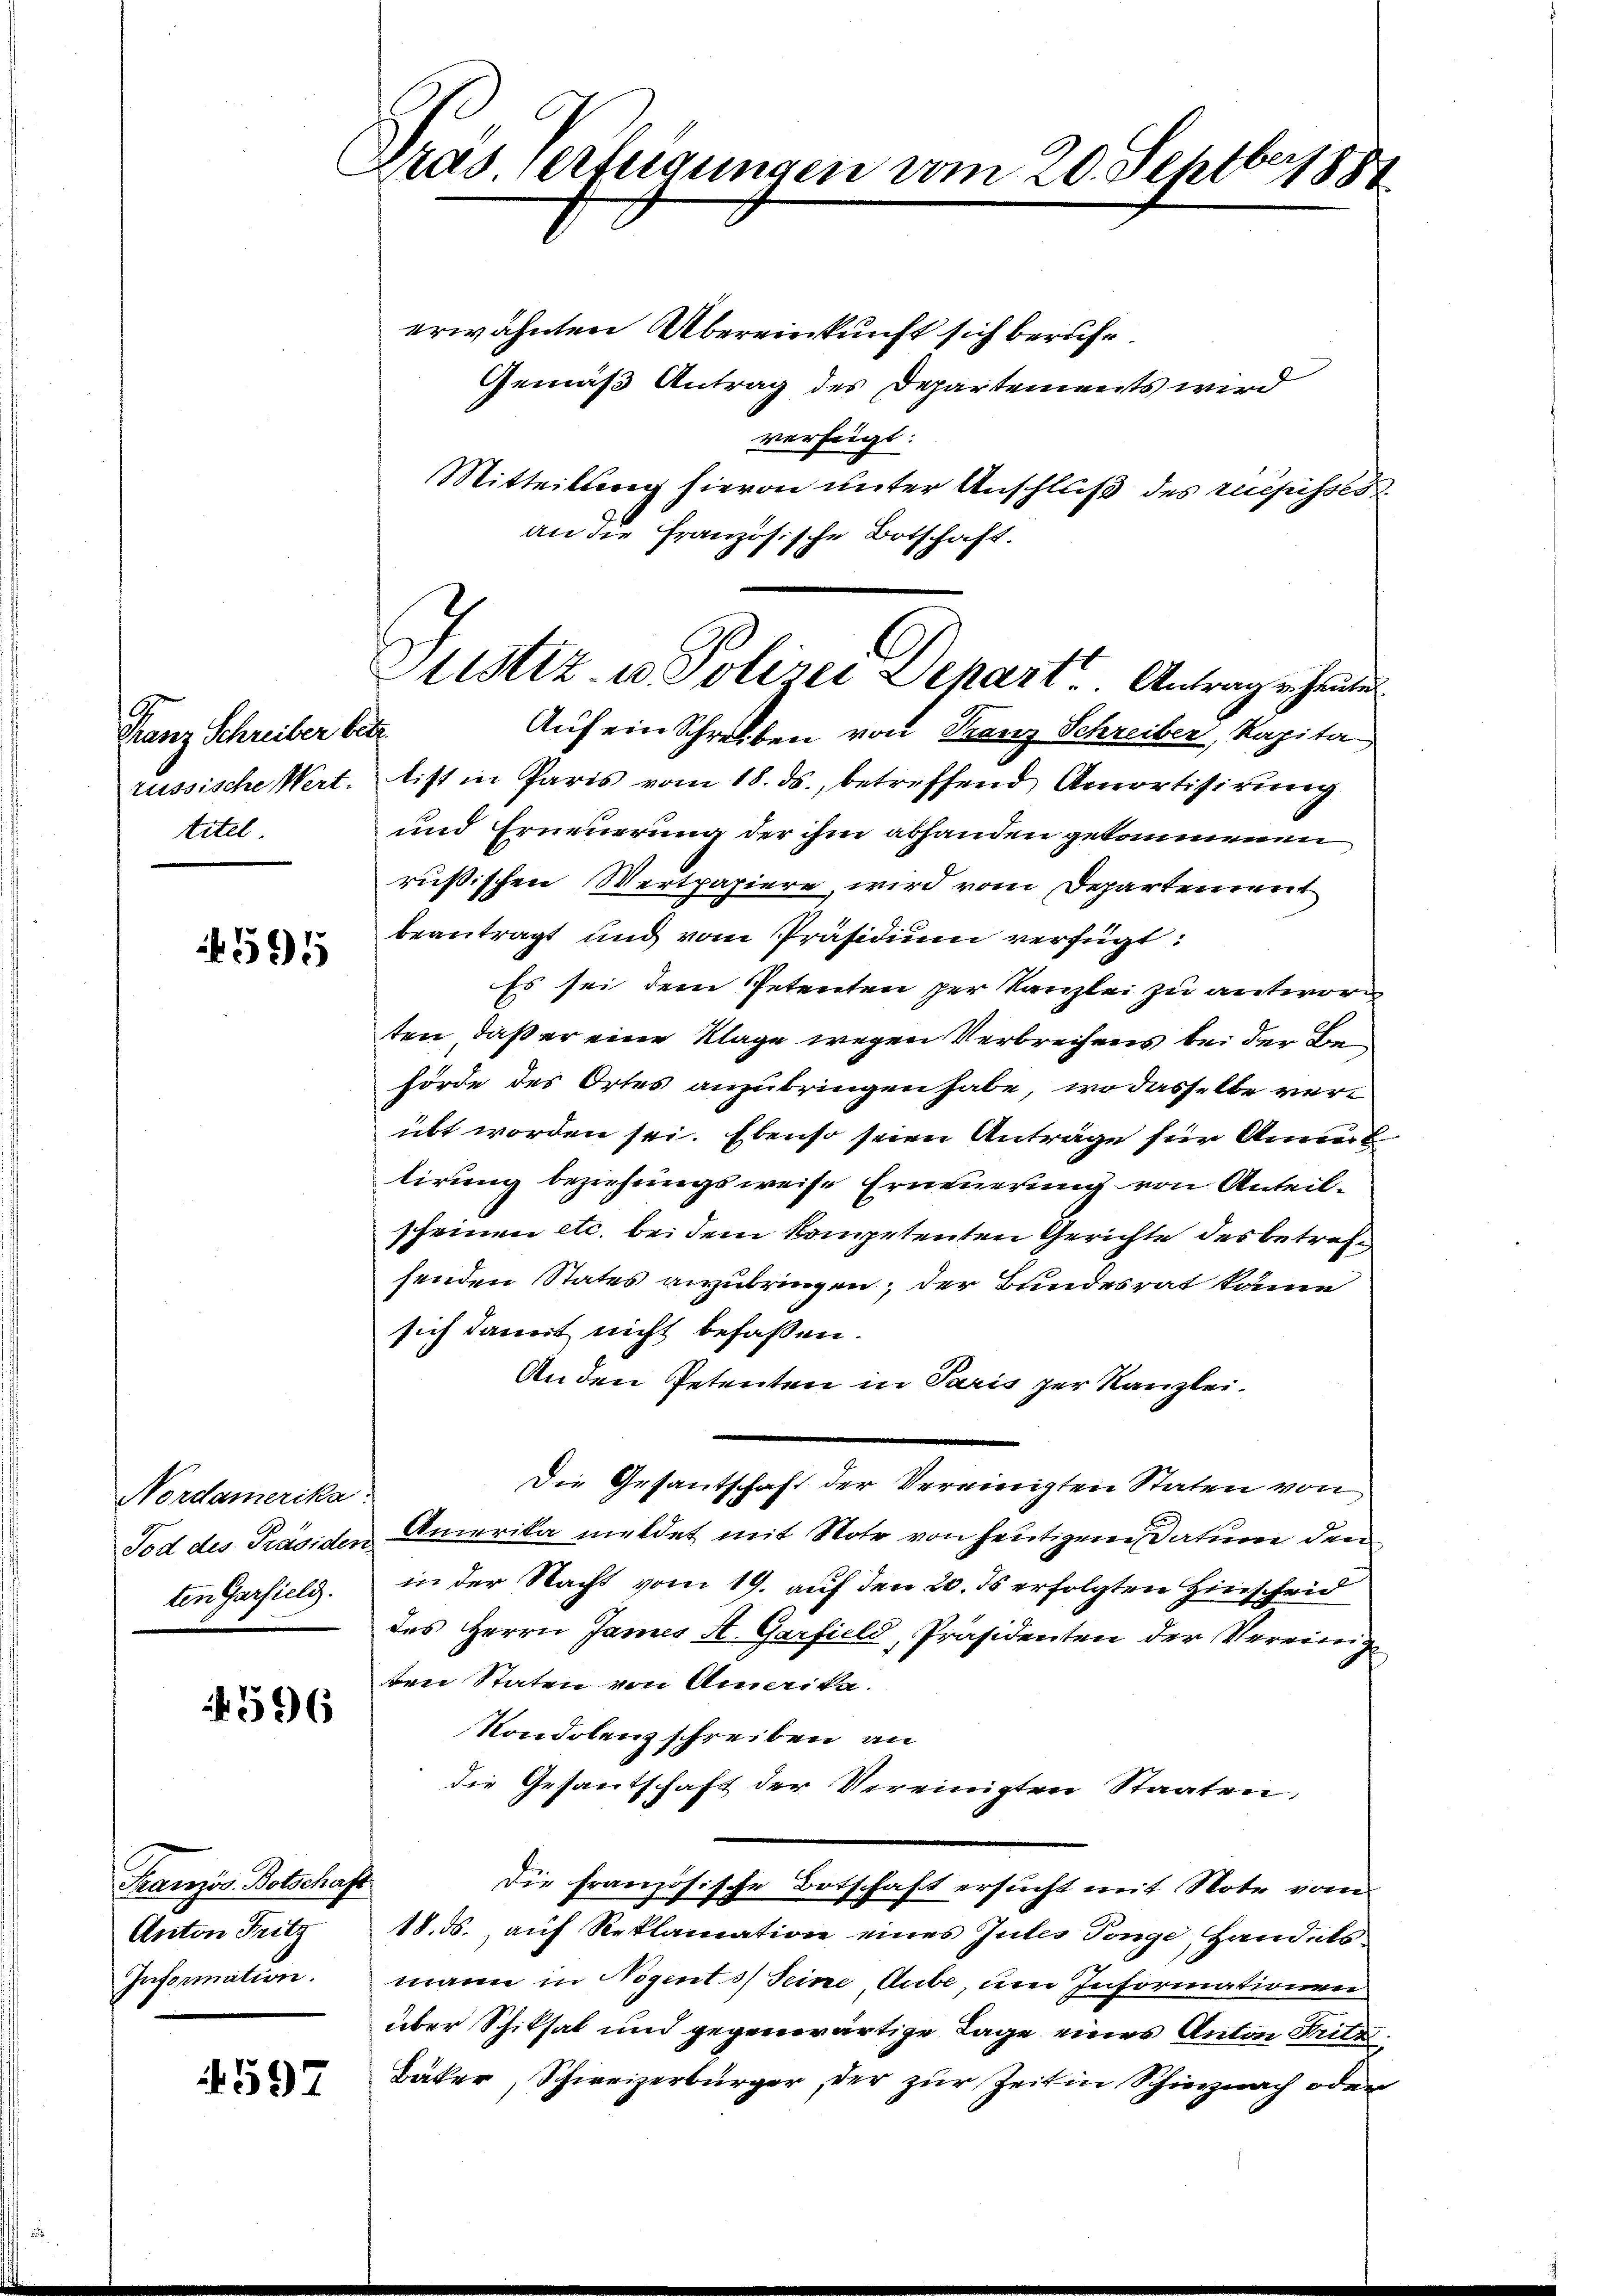
Franz Schreiber be
russische Wert.
titel

4595

Nordamerika
Tod des Präsiden.
ten Garfield.

4596

Französ. Botschaft
Anton Fritz
Information.

1597

ber
krasserteigungen vom 20. Septer 1881

erwähnten Übereinkunft sich berufe
Gemäß Antrag des Departements wird
verfügt:
Mitteilung hievon unter Anschluß des recepisses
an die Französische Botschaft.
i
Auf ein Schreiben von Franz Schreiber, Kapita
list in Paris vom 18. ds., betreffend Amortisirung
und Erneuerung der ihm abhanden gekommenen
rußischen Wertpapiere, wird vom Departement
beantragt und vom Präsidium verfügt:
Es sei dem Petenten per Kanzlei zu antwor
ten, daß er eine Klage wegen Verbrechens bei der Behörde des Ortes anzubringen habe, wo dasselbe verübt worden sei. Ebenso seien Anträge für Annat
tirung beziehungsweise Erneuerung von Anteilscheinen etc. bei dem kompetenten Gerichte des betrefsenden States anzubringen, der Bundesrat kame
sich damit nicht befassen.
An den Petenten in Paris zur Kanzlei.
Die Gesantschaft der Vereinigten Staten von
Amerika meldet mit Note von heutigem Datum den
in der Nacht vom 19. auf den 20. ds erfolgten Hinscheid
des Herrn James A. Garfield, Präsidenten der Vereinig
ten Staten von Amerika.
Kondolenz schreiben an
die Gesantschaft der Vereinigten Staaten;
Die französische Botschaft ersucht mit Note vom
18. ds. auf Reklamation eines Gutes Tonge, Handelsmann in Nogents Seine Aube um Informationen
über Schiksal und gegenwärtige Tage eines Anton Sitz
Bäker, Schweizerbürger, der zur Zeit in Schiernach oder

C
Sistiz- u. Polizei Depart Antrag erheite